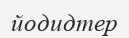
йодидтер